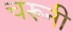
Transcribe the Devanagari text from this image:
चरूनी